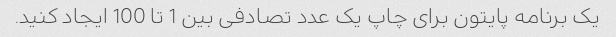
یک برنامه پایتون برای چاپ یک عدد تصادفی بین 1 تا 100 ایجاد کنید.